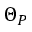
\Theta _ { P }